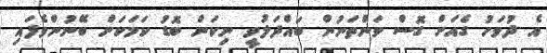
އެ ދުވަހު ގެއަށް ގޮސް ވަންތަނުން ބައްދަލުވީ ނިކަން ބޮޑު ކަމަކަށް ބޭނުންވެފައި